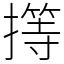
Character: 㩐